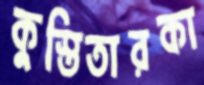
কুস্তিতারকা